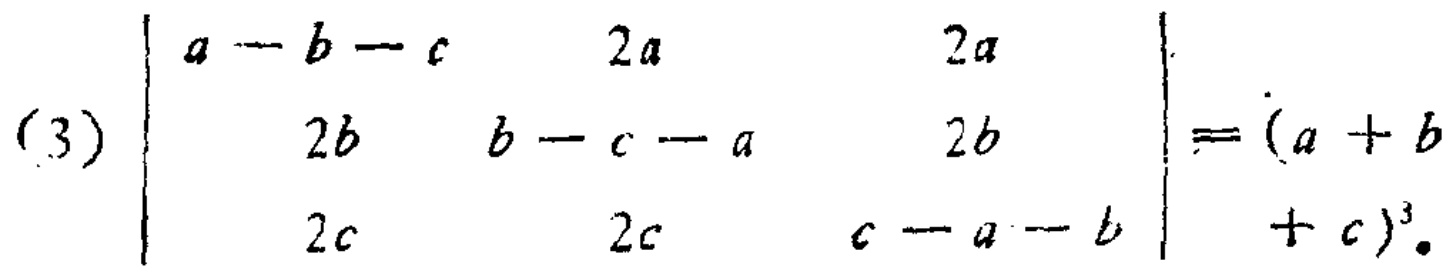
\[\begin{vmatrix}
a - b - c&2a&2a\\
2b&b - c - a&2b\\
2c&2c&c - a - b
\end{vmatrix}=(a + b + c)^3\]